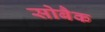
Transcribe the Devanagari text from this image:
सोबैक